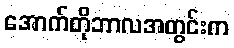
အောက်တိုဘာလအတွင်းက